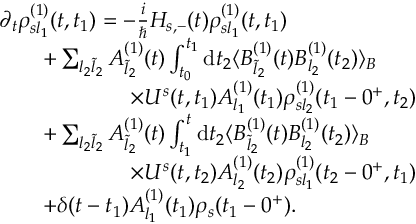
\begin{array} { r l } & { \partial _ { t } \rho _ { s l _ { 1 } } ^ { ( 1 ) } ( t , t _ { 1 } ) = - \frac { i } { \hbar } H _ { s , - } ( t ) \rho _ { s l _ { 1 } } ^ { ( 1 ) } ( t , t _ { 1 } ) } \\ & { \qquad + \sum _ { l _ { 2 } \tilde { l } _ { 2 } } A _ { \tilde { l } _ { 2 } } ^ { ( 1 ) } ( t ) \int _ { t _ { 0 } } ^ { t _ { 1 } } \mathrm { d } t _ { 2 } \langle B _ { \tilde { l } _ { 2 } } ^ { ( 1 ) } ( t ) B _ { l _ { 2 } } ^ { ( 1 ) } ( t _ { 2 } ) \rangle _ { B } } \\ & { \qquad \qquad \qquad \times U ^ { s } ( t , t _ { 1 } ) A _ { l _ { 1 } } ^ { ( 1 ) } ( t _ { 1 } ) \rho _ { s l _ { 2 } } ^ { ( 1 ) } ( t _ { 1 } - 0 ^ { + } , t _ { 2 } ) } \\ & { \qquad + \sum _ { l _ { 2 } \tilde { l } _ { 2 } } A _ { \tilde { l } _ { 2 } } ^ { ( 1 ) } ( t ) \int _ { t _ { 1 } } ^ { t } \mathrm { d } t _ { 2 } \langle B _ { \tilde { l } _ { 2 } } ^ { ( 1 ) } ( t ) B _ { l _ { 2 } } ^ { ( 1 ) } ( t _ { 2 } ) \rangle _ { B } } \\ & { \qquad \qquad \qquad \times U ^ { s } ( t , t _ { 2 } ) A _ { l _ { 2 } } ^ { ( 1 ) } ( t _ { 2 } ) \rho _ { s l _ { 1 } } ^ { ( 1 ) } ( t _ { 2 } - 0 ^ { + } , t _ { 1 } ) } \\ & { \qquad + \delta ( t - t _ { 1 } ) A _ { l _ { 1 } } ^ { ( 1 ) } ( t _ { 1 } ) \rho _ { s } ( t _ { 1 } - 0 ^ { + } ) . } \end{array}